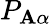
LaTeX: P_{\mathbf{A}\alpha}